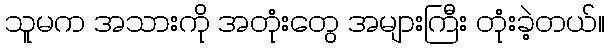
သူမက အသားကို အတုံးတွေ အများကြီး တုံးခဲ့တယ်။